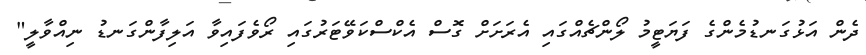
ދެން އަޅުގަނޑުމެންގެ ފަޔަޓީމު ލޯންޗެއްގައި އެރަށަށް ގޮސް އެކްސްކަވޭޓަރުގައި ރޯވެފައިވާ އަލިފާންގަނޑު ނިއްވާލީ"